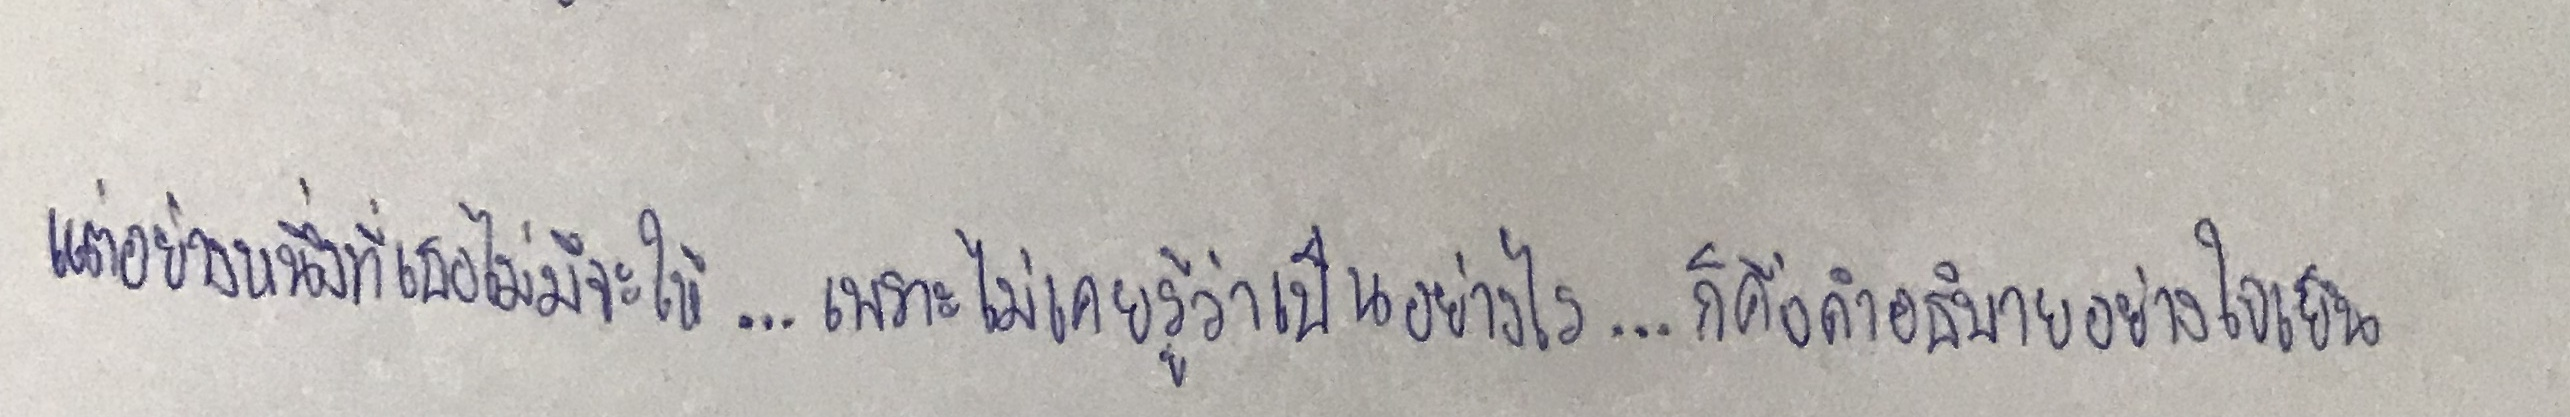
แต่อย่างหนึ่งที่เธอไม่มีจะให้...เพราะไม่เคยรู้ว่าเป็นอย่างไร...ก็คือคำอธิบายอย่างใจเย็น